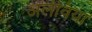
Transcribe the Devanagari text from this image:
अलेविया